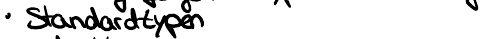
Standardtypen